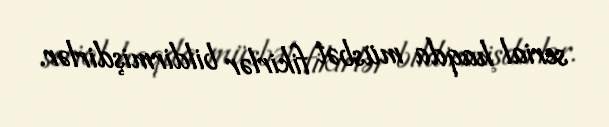
serial haqda müsbət fikirlər bildirmişdirlər.